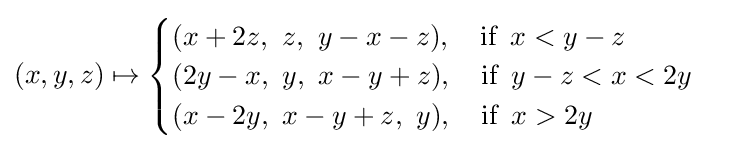
(x,y,z)\mapsto {\begin{cases}(x+2z,~z,~y-x-z),\quad {\textrm {if}}\,\,\,x<y-z\\(2y-x,~y,~x-y+z),\quad {\textrm {if}}\,\,\,y-z<x<2y\\(x-2y,~x-y+z,~y),\quad {\textrm {if}}\,\,\,x>2y\end{cases}}